Lunatic asylums Punjab 1881-1894 - 1881-1894
Year: 1881
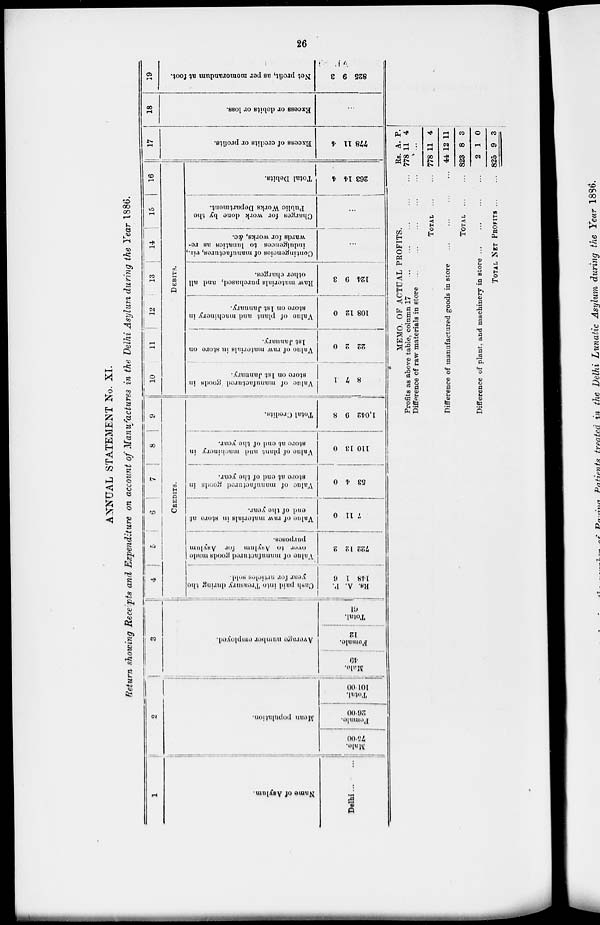
26
ANNUAL STATEMENT No. XI.
Return showing Receipts and Expenditure on account of Manufactures in the Delhi Asylum during the Year 1886.
1
Name of Asylum.
Delhi ...
...
2
Moan population.
Male.
75.00
Female.
26.00
Total.
101.00
3
Average number employed.
Male.
40
Female.
12
Total.
61
4
5
6
7
8
9
CREDITS.
Cash paid into Treasury during the
year for articles sold.
P.
A.
Rs.
6
1
148
Valueof
manufactured goods in made
over to Asylum for Asylum
purposes.
2
12
722
Value
of raw materials in store at
end of the year.
0
11
7
Value
of manufactured goods in
store
at end of the year.
0
4
53
Value of plant and machinery in
store at end of the year.
0
13
110
Total Credits.
8
9
1,042
10
11
12
13
14
15
16
DEBITS.
Value of manufactured goods in
store on 1st January.
1
7
8
Value
of raw materials in store on
1st January.
0
2
22
Value of plant and machinery in
store on 1st January.
0
12
108
Raw materials purchased, and all
other charges.
3
9
124
Contingencies of manufactures, viz.,
indulgences to lunatics as re-
wards for works, &c.
...
Charges for work done by the
Public Works Department.
...
Total Debits.
4
14
263
17
Excess of credits or profits.
4
11
778
18
Excess or debits or loss.
...
19
Net profit, as per memorandum at foot.
3
9
825
MEMO. OF ACTUAL PROFITS.
Profits as above table, column 17
...
...
...
Difference of raw materials in store
...
...
...
TOTAL ... ...
Difference of manufactured goods in store
...
...
...
TOTAL
...
..
Difference of plant, and machinery in store
...
...
...
TOTAL NET PROFIT ... ...
Rs.
778
A.
11
P.
4
...
778
44
823
2
825
11
12
8
1
9
4
11
3
0
3